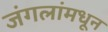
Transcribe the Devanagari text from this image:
जंगलांमधून